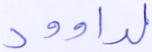
لداوود